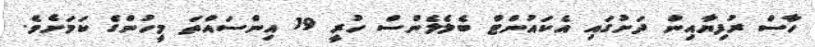
ހާސް ރުފިޔާއިން ދަށުގައި އެކައުންޓް ބެލެލެންސް ހުރީ 19 އިންސައްތަ މީހުންގެ ކަމަށެވެ.